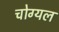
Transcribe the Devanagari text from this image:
चोग्यल